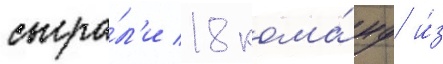
сыгра́л'и 18 кома́нд и́з